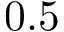
0 . 5